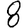
Digit: 8